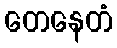
တေနေတံ